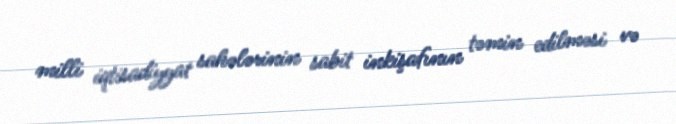
milli iqtisadiyyat sahələrinin sabit inkişafının təmin edilməsi və